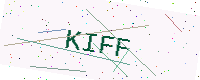
Text: KIFF